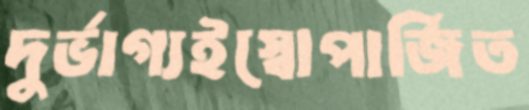
দুর্ভাগ্যইস্বোপার্জিত